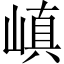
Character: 嵮